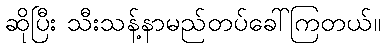
ဆိုပြီး သီးသန့်နာမည်တပ်ခေါ်ကြတယ်။